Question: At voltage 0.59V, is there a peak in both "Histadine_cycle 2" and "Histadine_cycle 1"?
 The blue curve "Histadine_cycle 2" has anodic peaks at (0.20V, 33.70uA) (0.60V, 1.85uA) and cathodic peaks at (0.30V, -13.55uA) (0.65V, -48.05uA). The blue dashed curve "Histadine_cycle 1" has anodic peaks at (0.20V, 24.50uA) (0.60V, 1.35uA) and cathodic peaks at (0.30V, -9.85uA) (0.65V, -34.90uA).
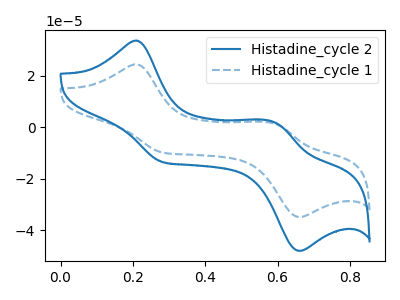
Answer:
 <answer>Yes, "Histadine_cycle 2" and "Histadine_cycle 1" share a peak at 0.59V.</answer>
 <eval>match</eval>